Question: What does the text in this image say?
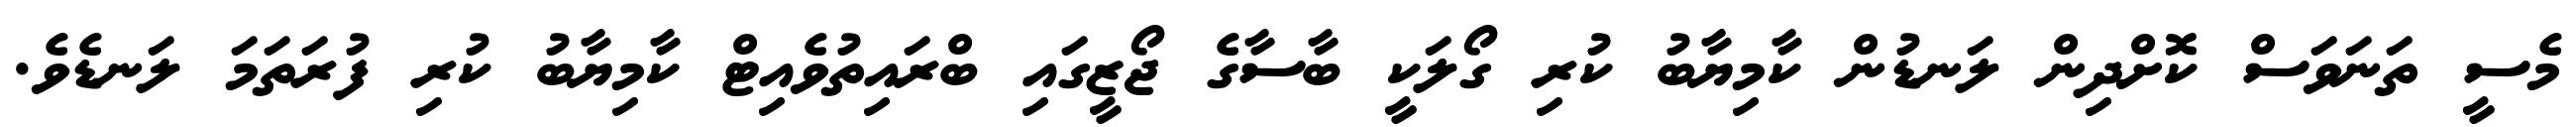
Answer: މެސީ ތަނަވަސް ކޮށްދިން ލަނޑުން ކާމިޔާބު ކުރި ގޯލަކީ ބާސާގެ ޖޯޒީގައި ބްރައިތުވެއިޓް ކާމިޔާބު ކުރި ފުރަތަމަ ލަނޑެވެ.